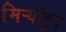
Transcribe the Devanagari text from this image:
मिऱ्यांहून